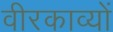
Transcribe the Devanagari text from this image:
वीरकाव्यों